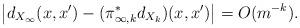
LaTeX: \begin{align*} \left | d_{X_\infty}(x,x') - (\pi^*_{\infty,k}d_{X_k})(x,x') \right|=O(m^{-k}). \end{align*}